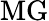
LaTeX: \mathrm{MG}